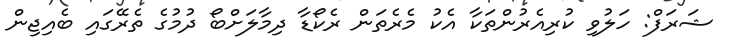
ޝަރަފް: ހަލުވި ކުރިއެރުންތަކާ އެކު މެރެތަން ރެކޯޑާ ދިމާލަށްބޯ ދުމުގެ ތެރޭގައި ބެއިޖިން